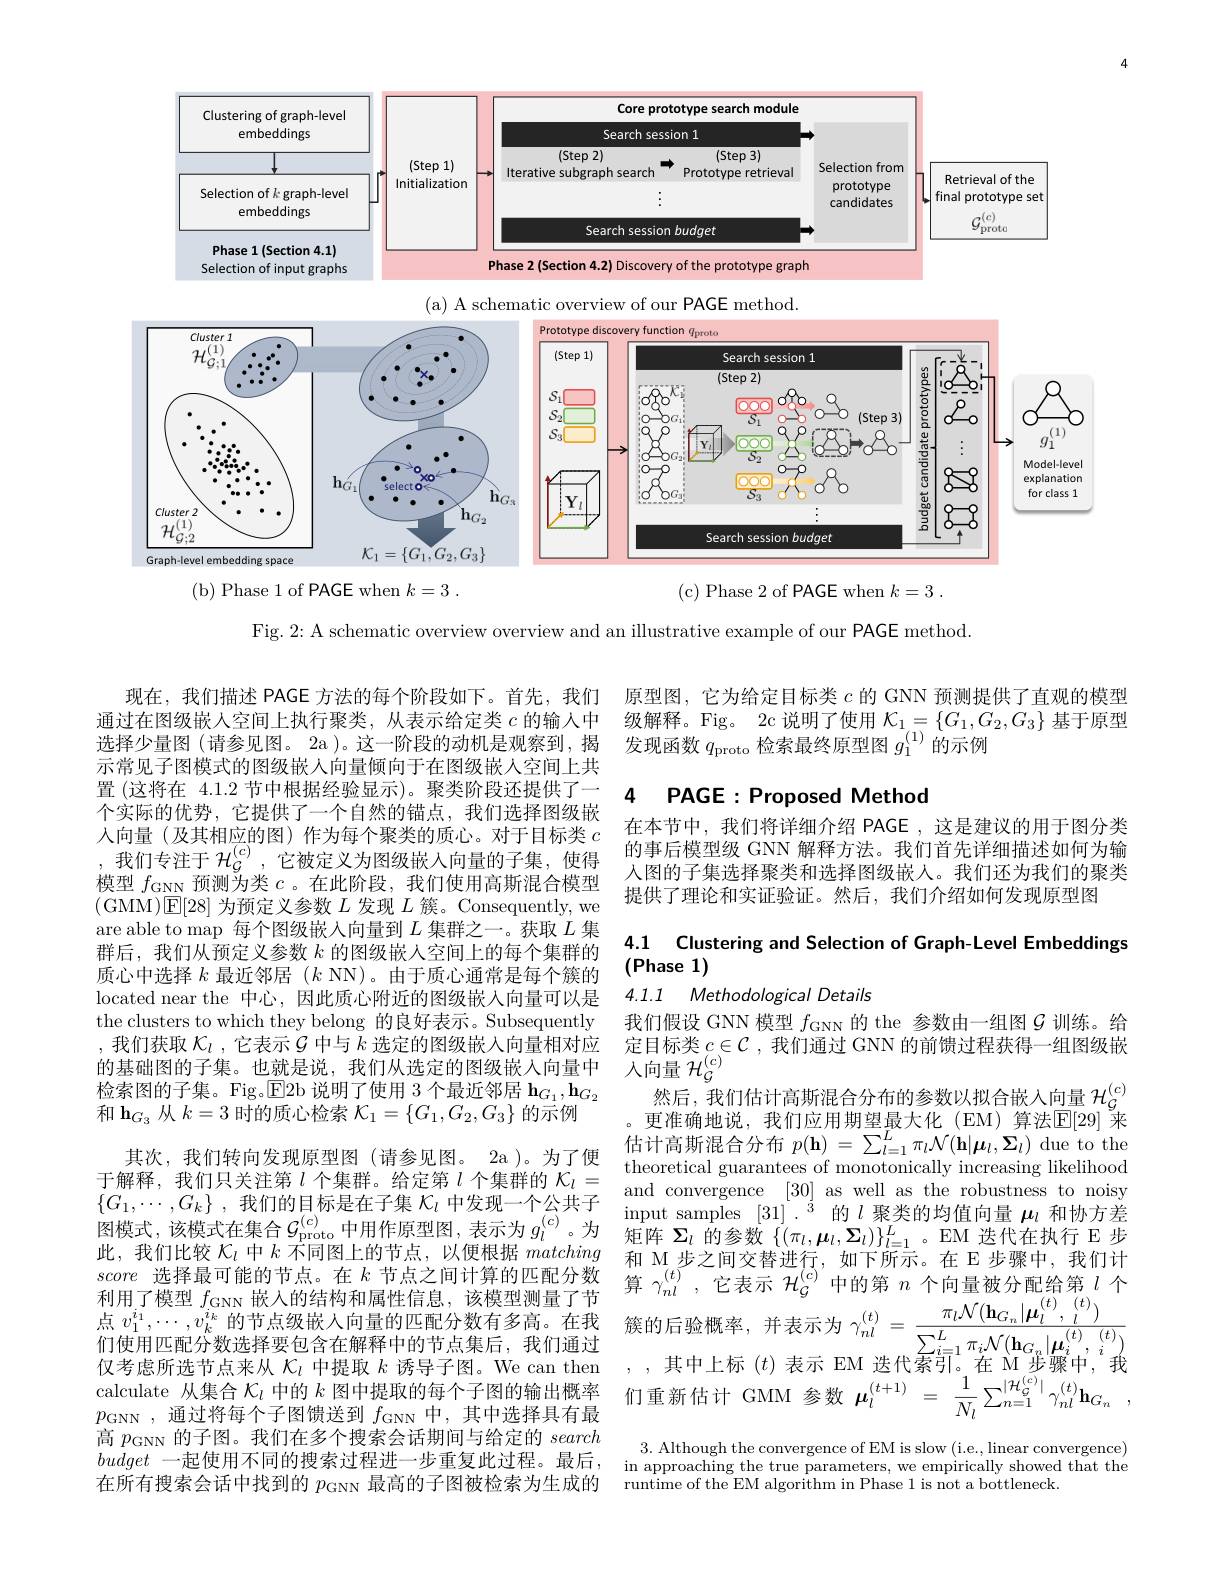
<FigureHere>

( b) Phase 1 of PAGE when $k= 3$ .

(c) Phase 2 of PAGE when $k= 3$ .

Fig. 2: A schematic overview overview and an illustrative example of our PAGE method.

选择少量图 (请参见图。2a )。这一阶段的动机是观察示常见子图模式的图级嵌入向量倾向于在图级嵌人空间上共置 (这将在 4.1.2 节中根据经验显示)。聚类阶段还个实际的优势，它提供了一个自然的锚点，我们选择图级嵌入向量(及其相应的图)作为每个聚类的质心。对于目标类,我们专注于$\mathcal{H}_{\mathcal{G}}^{(c)}$,它被(GMM)E[28]为预定义参数$L$ are able to map 每个图级嵌入向量到$L$ 群后，我们从预定义参数$k$的图级嵌人空间上的每个集质心中选择$k$最近邻居$(k$ NN)。由于质心located near the 中心，因此质心附近的图the clusters to which they b ,我们获取$\mathcal{K}_l$ ,它表示$\mathcal{G}$中的 基 础 图 的 子 集 。也 就 是 说 , 我 们 从 选 定 的 图 级 嵌 入 向
检索图的子集。Fig。E2b 说明了使用 3 个最近邻居$\mathbf{h}_{G_1},\mathbf{h}_{G_2}$
和$\mathbf{h}_{G_3}$从$k=3$时的质心检索
其次，我们转向发现原型图(请参见图。2a)。为了便 theoretical guarantees of monoto 于解释，我们只关注第$l$个集群。给定第$l$个集群的$\mathcal{K} _l=$ uneorenca guarantees or inonoomcany moceasng insemood$[C,C]$金们的日标目女子焦$\mathcal{K}$中发现 个人出子。and convergence [30] as well as the robustness to noisy $\{ G_{1}, \cdots , G_{k}\}$ ,我 们 的 目 标 是 在 子 集 $\mathcal{K} _{l}$ 中 发 现 一 个 公 共 子 $\text{and conlvergente }_{[ 30] }$ as welas tule rolusuess o nosy 图 模 式 , 该 模 式 在 集 合 $\mathcal{G} _{\mathrm{proto}}^{( c) }$中 用 作 原 型 图 , 表 示 为 $g_{l}^{( c) }$。为 矩 阵 $\Sigma _{l}$ 的 参 数 $\{ ( \pi _{l}, \boldsymbol{\mu }_{l}, \boldsymbol{\Sigma }_{l}) \} _{l= 1}^{L}$。EM 迭 代 在 执 行 E 步 此 我 们 比 较此，我们比较$\mathcal{K}_l$中$k$不同图上的节点，以便根据matching和 M 步之间交替进行， score选择最可能的节点。在$k$节点之间计算的匹配分数 算$\gamma_nl^{(t)}$ ,它表示$\mathcal{H}$ 利 用 了 模 型 $f_{\mathrm{GNN}}$ 嵌 人 的 结 构 和 属 性 信 息 , 该 模 型 测 量 了 节 点 $v_{1}^{i_{1}}$ 仅 考 虑 所 选 节 点 来 从 $\kappa _{\iota }$ 中 提 取 $k$ 诱 导 子 图 。We can then , , 其 中 上 标 ( $p_\mathrm{GNN}$ ,通过将每个子图馈送到$f_\mathrm{G}$ 高$p_\mathrm{GNN}$的子图。我们在多个搜索会话期间与给定的search budget 一起使用不同的搜索过程进一步重复此过程。最后， 在所有搜索会话中找到的$p_\mathrm{GNN}$最高的子图被检索为生成的

现在，我们描述 PAGE 方法的每个阶段如下。首先，我们 原型图，它为给定目标类$c$的 GNN 预测提供了直观通过在图级嵌人空间上执行聚类，从表示给定类$c$的输入中 级解释。Fig。2c 说明了使用$\mathcal{K}_1=\{G_1,G_2,G_3\}$基于原型
发现函数$q_\mathrm{proto}$检索最终原型图$g_1^{(1)}$的示例

### 4 $PAGE: Proposed Method$

在本节中，我们将详细介绍 PAGE,这是建议的用于图分类的事后模型级 GNN 解释方法。我们首先详细描述如何为输人图的子集选择聚类和选择图级嵌入。我们还为我们的聚类
$\begin{aligned}&\text{模型 }f_{\mathrm{GNN}}\text{ 预测为类 }c\text{。在此阶段，我们使用高斯混合模型}&\text{人图的于集选择案实和地律图级散入。我们述为我们的第}\\&(\mathrm{GMM})[\mathrm{F}]\text{28l 为而定义 会数 }L\text{ 发和 }L\text{ 簇}&\text{ Consequentlv we}&\text{提供了理论和实证验证。然后，我们介绍如何发现原型图}\end{aligned}$

### 4.1 Clustering and Selecti (Phase 1)

4.1.1 Methodological Details

我们假设 GNN 模型$f_\mathrm{GNN}$的 the 定目标类$c\in\mathcal{C}$,我们通过 GNN 的前馈过程获得一组图级嵌
然后，我们估计高斯混合分布的参数以拟合嵌入向量$\mathcal{H}$ 。更准确地说，我们应用期望最大化(EM)算法$\mathbb{E}[29]$ 来估计高斯混合分布$p(\mathbf{h})=\sum_l=1^L\pi_l\mathcal$

3. Although the convergence of EM is slow (i.e., linear in approaching the true para runtime of the EM algorithm in Phase 1 is not a bottleneck